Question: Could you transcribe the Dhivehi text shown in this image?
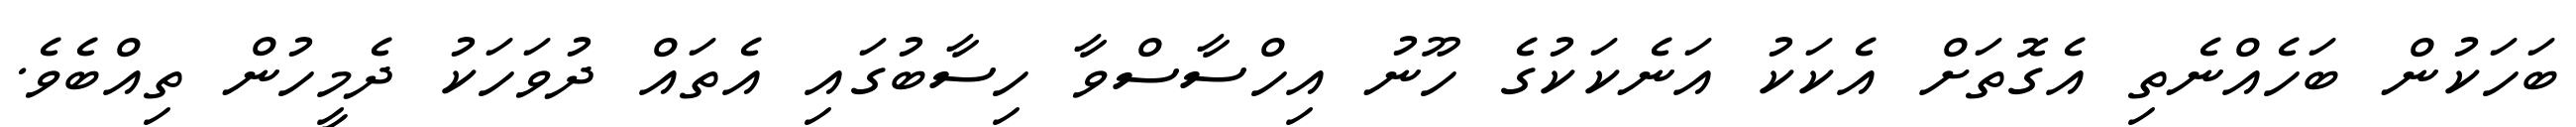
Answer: ބަހަކުން ބަހެއްނެތި އެގޮތަށް އެކަކު އަނެކަކުގެ ހޫނު އިހްސާސްވާ ހިސާބުގައި އެތައް ދުވަހަކު ދެމީހުން ތިއްބެވެ.